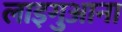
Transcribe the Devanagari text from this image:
लाइगुआना